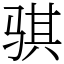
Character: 骐